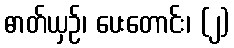
ဓာတ်ယှဉ်၊ ပေးတောင်း၊ (၂)